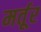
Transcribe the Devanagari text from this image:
मर्तूर